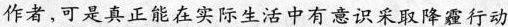
作者，可是真正能在实际生活中有意识采取降霾行动